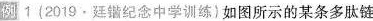
例1(2019.廷锴纪念中学训练)如图所示的某条多肽链